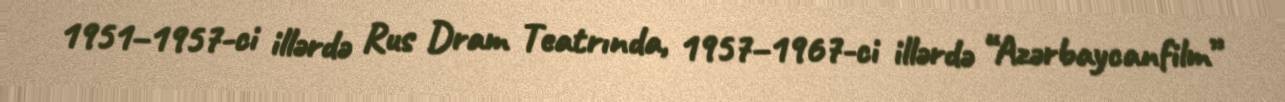
1951–1957-ci illərdə Rus Dram Teatrında, 1957–1967-ci illərdə “Azərbaycanfilm”